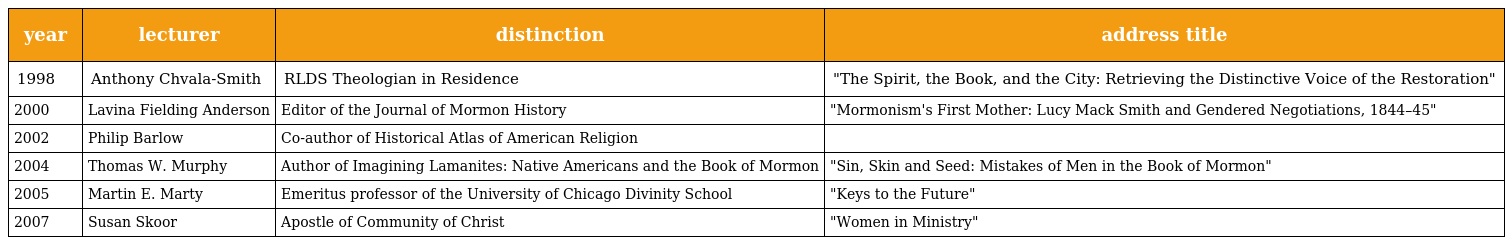
| year | lecturer | distinction | address title |
 | --- | --- | --- | --- |
 | 1998 | Anthony Chvala-Smith | RLDS Theologian in Residence | "The Spirit, the Book, and the City: Retrieving the Distinctive Voice of the Restoration" |
 | 2000 | Lavina Fielding Anderson | Editor of the Journal of Mormon History | "Mormonism's First Mother: Lucy Mack Smith and Gendered Negotiations, 1844–45" |
 | 2002 | Philip Barlow | Co-author of Historical Atlas of American Religion |  |
 | 2004 | Thomas W. Murphy | Author of Imagining Lamanites: Native Americans and the Book of Mormon | "Sin, Skin and Seed: Mistakes of Men in the Book of Mormon" |
 | 2005 | Martin E. Marty | Emeritus professor of the University of Chicago Divinity School | "Keys to the Future" |
 | 2007 | Susan Skoor | Apostle of Community of Christ | "Women in Ministry" |